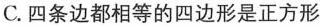
C.四条边都相等的四边形是正方形